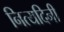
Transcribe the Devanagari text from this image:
नित्यदिनी